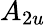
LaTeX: A_{2u}